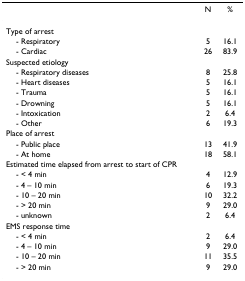
<table><thead><tr><td></td><td><b>N</b></td><td><b>%</b></td></tr></thead><tbody><tr><td>Type of arrest</td><td></td><td></td></tr><tr><td> - Respiratory</td><td>5</td><td>16.1</td></tr><tr><td> - Cardiac</td><td>26</td><td>83.9</td></tr><tr><td>Suspected etiology</td><td></td><td></td></tr><tr><td> - Respiratory diseases</td><td>8</td><td>25.8</td></tr><tr><td> - Heart diseases</td><td>5</td><td>16.1</td></tr><tr><td> - Trauma</td><td>5</td><td>16.1</td></tr><tr><td> - Drowning</td><td>5</td><td>16.1</td></tr><tr><td> - Intoxication</td><td>2</td><td>6.4</td></tr><tr><td> - Other</td><td>6</td><td>19.3</td></tr><tr><td>Place of arrest</td><td></td><td></td></tr><tr><td> - Public place</td><td>13</td><td>41.9</td></tr><tr><td> - At home</td><td>18</td><td>58.1</td></tr><tr><td>Estimated time elapsed from arrest to start of CPR</td><td></td><td></td></tr><tr><td> - &lt; 4 min</td><td>4</td><td>12.9</td></tr><tr><td> - 4 – 10 min</td><td>6</td><td>19.3</td></tr><tr><td> - 10 – 20 min</td><td>10</td><td>32.2</td></tr><tr><td> - &gt; 20 min</td><td>9</td><td>29.0</td></tr><tr><td> - unknown</td><td>2</td><td>6.4</td></tr><tr><td>EMS response time</td><td></td><td></td></tr><tr><td> - &lt; 4 min</td><td>2</td><td>6.4</td></tr><tr><td> - 4 – 10 min</td><td>9</td><td>29.0</td></tr><tr><td> - 10 – 20 min</td><td>11</td><td>35.5</td></tr><tr><td> - &gt; 20 min</td><td>9</td><td>29.0</td></tr></tbody></table>